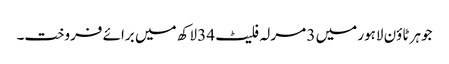
جوہر ٹاؤن لاہور میں 3 مرلہ فلیٹ 34 لاکھ میں برائے فروخت۔